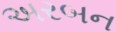
અરબન